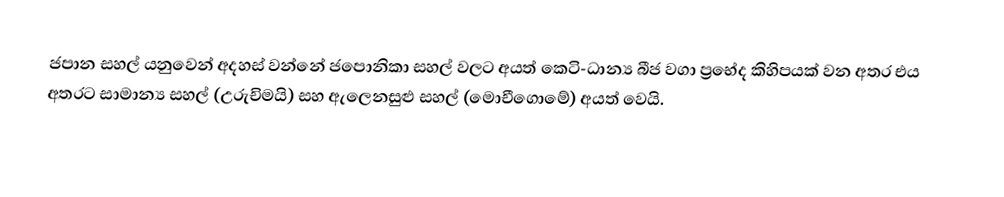
ජපාන සහල් යනුවෙන් අදහස් වන්නේ ජපොනිකා සහල් වලට අයත්  කෙටි-ධාන්‍ය බීජ වගා ප්‍රභේද කිහිපයක් වන අතර එය අතරට සාමාන්‍ය සහල් (උරුචිමයි) සහ ඇලෙනසුළු සහල් (මොචීගොමේ) අයත් වෙයි.